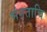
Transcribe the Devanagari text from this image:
भंगताचि